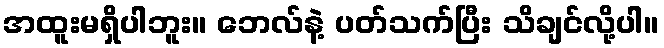
အထူးမရှိပါဘူး။ ဘေလ်နဲ့ ပတ်သက်ပြီး သိချင်လို့ပါ။